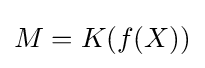
M=K(f(X))